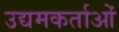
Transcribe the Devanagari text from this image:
उद्यमकर्ताओं